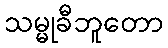
သမ္မုခီဘူတော